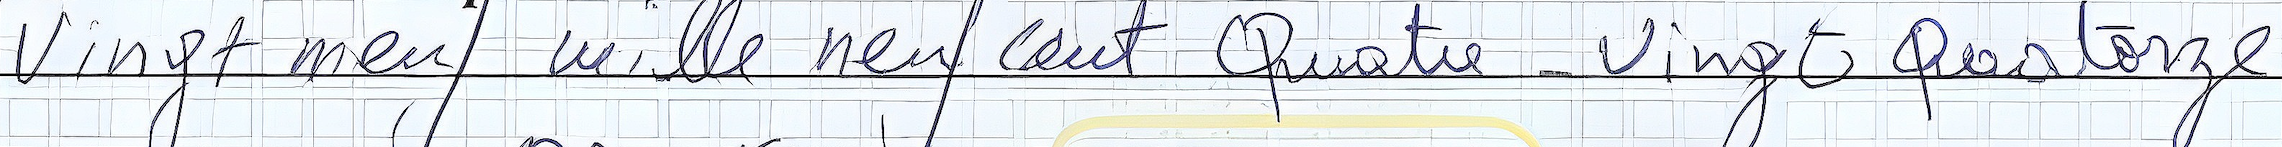
Vingt neuf mille neuf cent Quatre-Vingt Quatorze